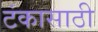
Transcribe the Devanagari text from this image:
टंकासाठी